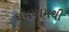
ધૂમધામથી